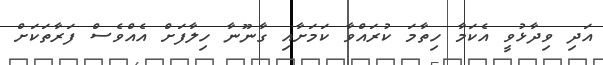
އަދި ވިދާޅުވީ އެކަމާ ހިތާމަ ކުރައްވާ ކަމަށާއި ގާނޫނާ ހިލާފަށް އެއްވެސް ފަރާތަކަށް